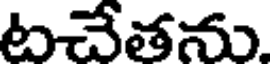
టచేతను.